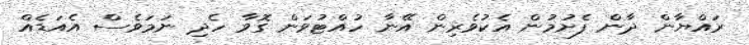
ރައްޔާން ދާން ފެށުމުން އެކުވެރިން އޭނާ ހުއްޓުވަން ގޮވާ ހެދި ނަމަވެސް އެއަޑެއް